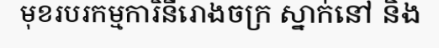
មុខរបរកម្មការិនីរោងចក្រ ស្នាក់នៅ និង